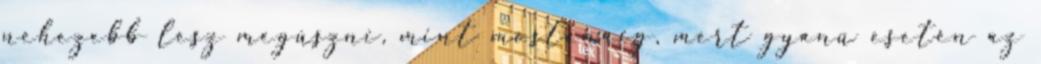
nehezebb lesz megúszni, mint mostanáig, mert gyanú esetén az